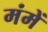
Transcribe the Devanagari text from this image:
मंमें